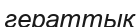
гераттық